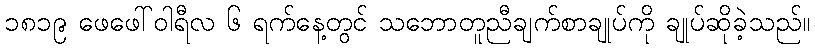
၁၈၁၉ ဖေဖေါ်ဝါရီလ ၆ ရက်နေ့တွင် သဘောတူညီချက်စာချုပ်ကို ချုပ်ဆိုခဲ့သည်။